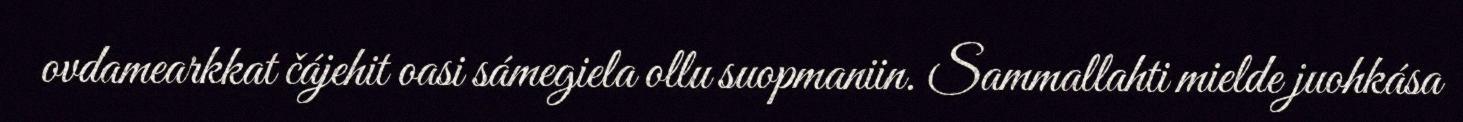
ovdamearkkat čájehit oasi sámegiela ollu suopmaniin. Sammallahti mielde juohkása